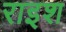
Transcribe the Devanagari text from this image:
राइश